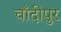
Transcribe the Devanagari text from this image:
चाँदीपुर